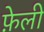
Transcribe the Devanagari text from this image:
फ़ेली